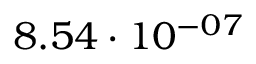
8 . 5 4 \cdot 1 0 ^ { - 0 7 }